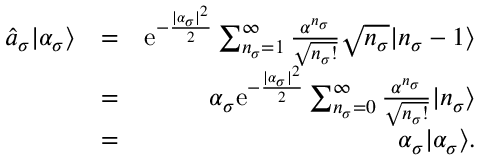
\begin{array} { r l r } { \hat { a } _ { \sigma } | \alpha _ { \sigma } \rangle } & { = } & { \mathrm { e } ^ { - \frac { | \alpha _ { \sigma } | ^ { 2 } } { 2 } } \sum _ { n _ { \sigma } = 1 } ^ { \infty } \frac { \alpha ^ { n _ { \sigma } } } { \sqrt { n _ { \sigma } ! } } \sqrt { n _ { \sigma } } | n _ { \sigma } - 1 \rangle } \\ & { = } & { \alpha _ { \sigma } \mathrm { e } ^ { - \frac { | \alpha _ { \sigma } | ^ { 2 } } { 2 } } \sum _ { n _ { \sigma } = 0 } ^ { \infty } \frac { \alpha ^ { n _ { \sigma } } } { \sqrt { n _ { \sigma } ! } } | n _ { \sigma } \rangle } \\ & { = } & { \alpha _ { \sigma } | \alpha _ { \sigma } \rangle . } \end{array}